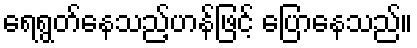
ရေရွတ်နေသည့်ဟန်ဖြင့် ပြောနေသည်။